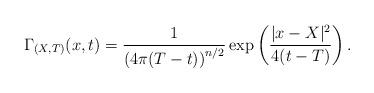
LaTeX: \begin{align*}\Gamma_{(X,T)}(x,t)=\frac{1}{\left(4\pi(T-t) \right)^{n/2}}\exp\left(\frac{|x-X|^{2}}{4(t-T)} \right).\end{align*}